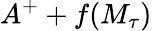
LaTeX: A^{+}+f(M_{\tau})